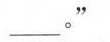
___。”